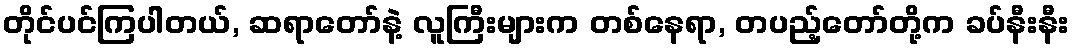
တိုင်ပင်ကြပါတယ်, ဆရာတော်နဲ့ လူကြီးများက တစ်နေရာ, တပည့်တော်တို့က ခပ်နီးနီး